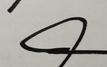
Signature authenticity: genuine